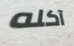
آكله